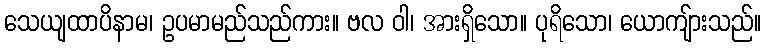
သေယျထာပိနာမ၊ ဥပမာမည်သည်ကား။ ဗလ ဝါ၊ အားရှိသော။ ပုရိသော၊ ယောကျ်ားသည်။